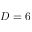
D = 6